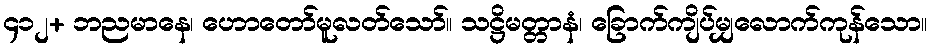
၄၁၂+ ဘညမာနေ၊ ဟောတော်မူလတ်သော်။ သဋ္ဌိမတ္တာနံ၊ ခြောက်ကျိပ်မျှလောက်ကုန်သော။